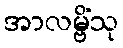
အာလမ္ဗိံသု